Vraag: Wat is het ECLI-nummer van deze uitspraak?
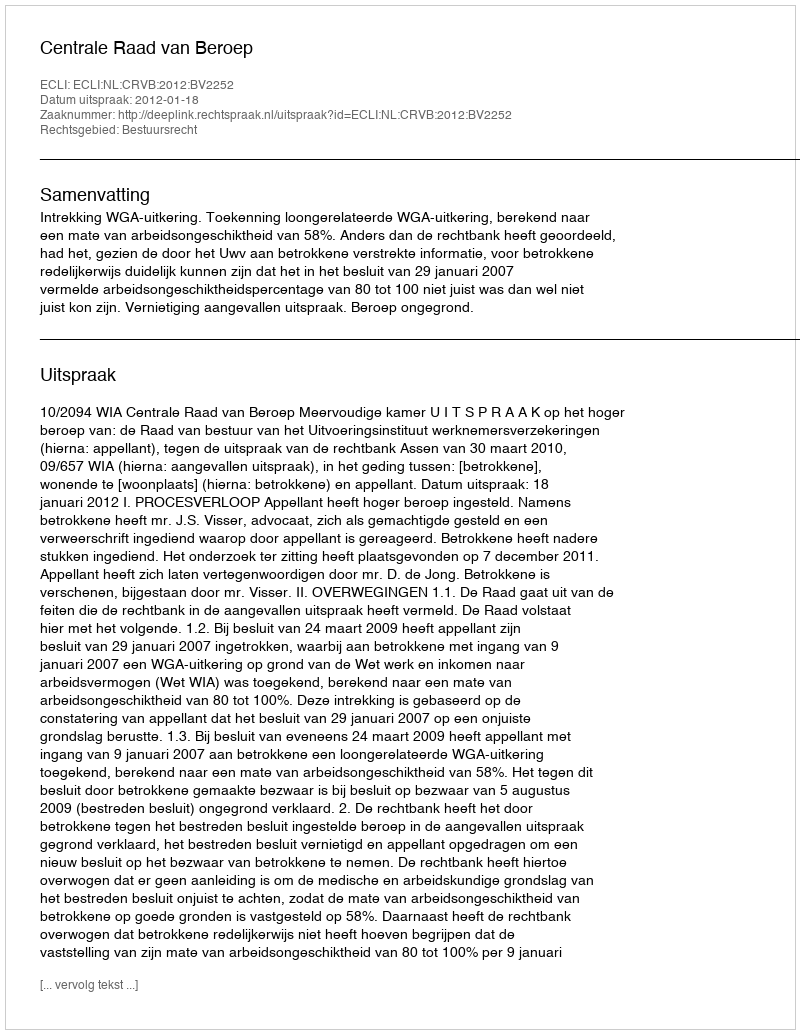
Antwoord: ECLI:NL:CRVB:2012:BV2252